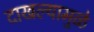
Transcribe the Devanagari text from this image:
दाखल्यामुळे